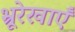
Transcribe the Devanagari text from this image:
भ्रूरेखाएँ